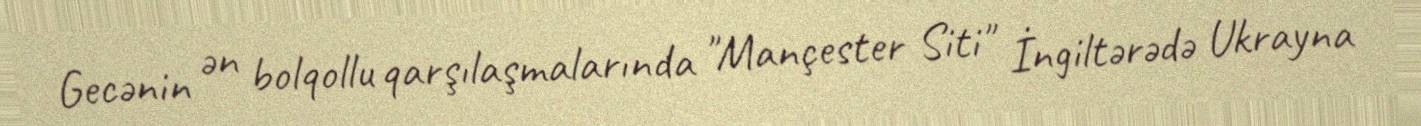
Gecənin ən bolqollu qarşılaşmalarında "Mançester Siti" İngiltərədə Ukrayna